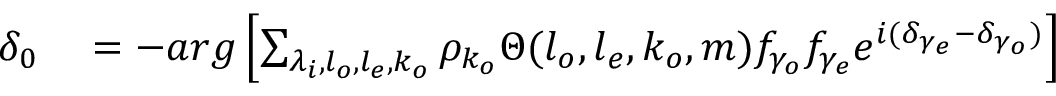
\begin{array} { r l } { \delta _ { 0 } } & { { } = - a r g \left[ \sum _ { \lambda _ { i } , l _ { o } , l _ { e } , k _ { o } } \rho _ { k _ { o } } \Theta ( l _ { o } , l _ { e } , k _ { o } , m ) f _ { \gamma _ { o } } f _ { \gamma _ { e } } e ^ { i ( \delta _ { \gamma _ { e } } - \delta _ { \gamma _ { o } } ) } \right] } \end{array}